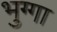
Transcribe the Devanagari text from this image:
भुग्गा